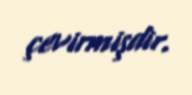
çevirmişdir.